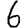
Digit: 6